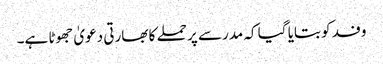
وفد کو بتایا گیا کہ مدرسے پر حملے کا بھارتی دعویٰ جھوٹا ہے۔